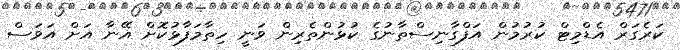
ކަރެގަރް އެޑްމިޓް ކުރުމުން އަފްގާނިސްތާނުގެ ކުޅުންތެރިން ވަނީ ހިތާމަފާޅުކޮށް އޭނާ އަށް އަވަސް